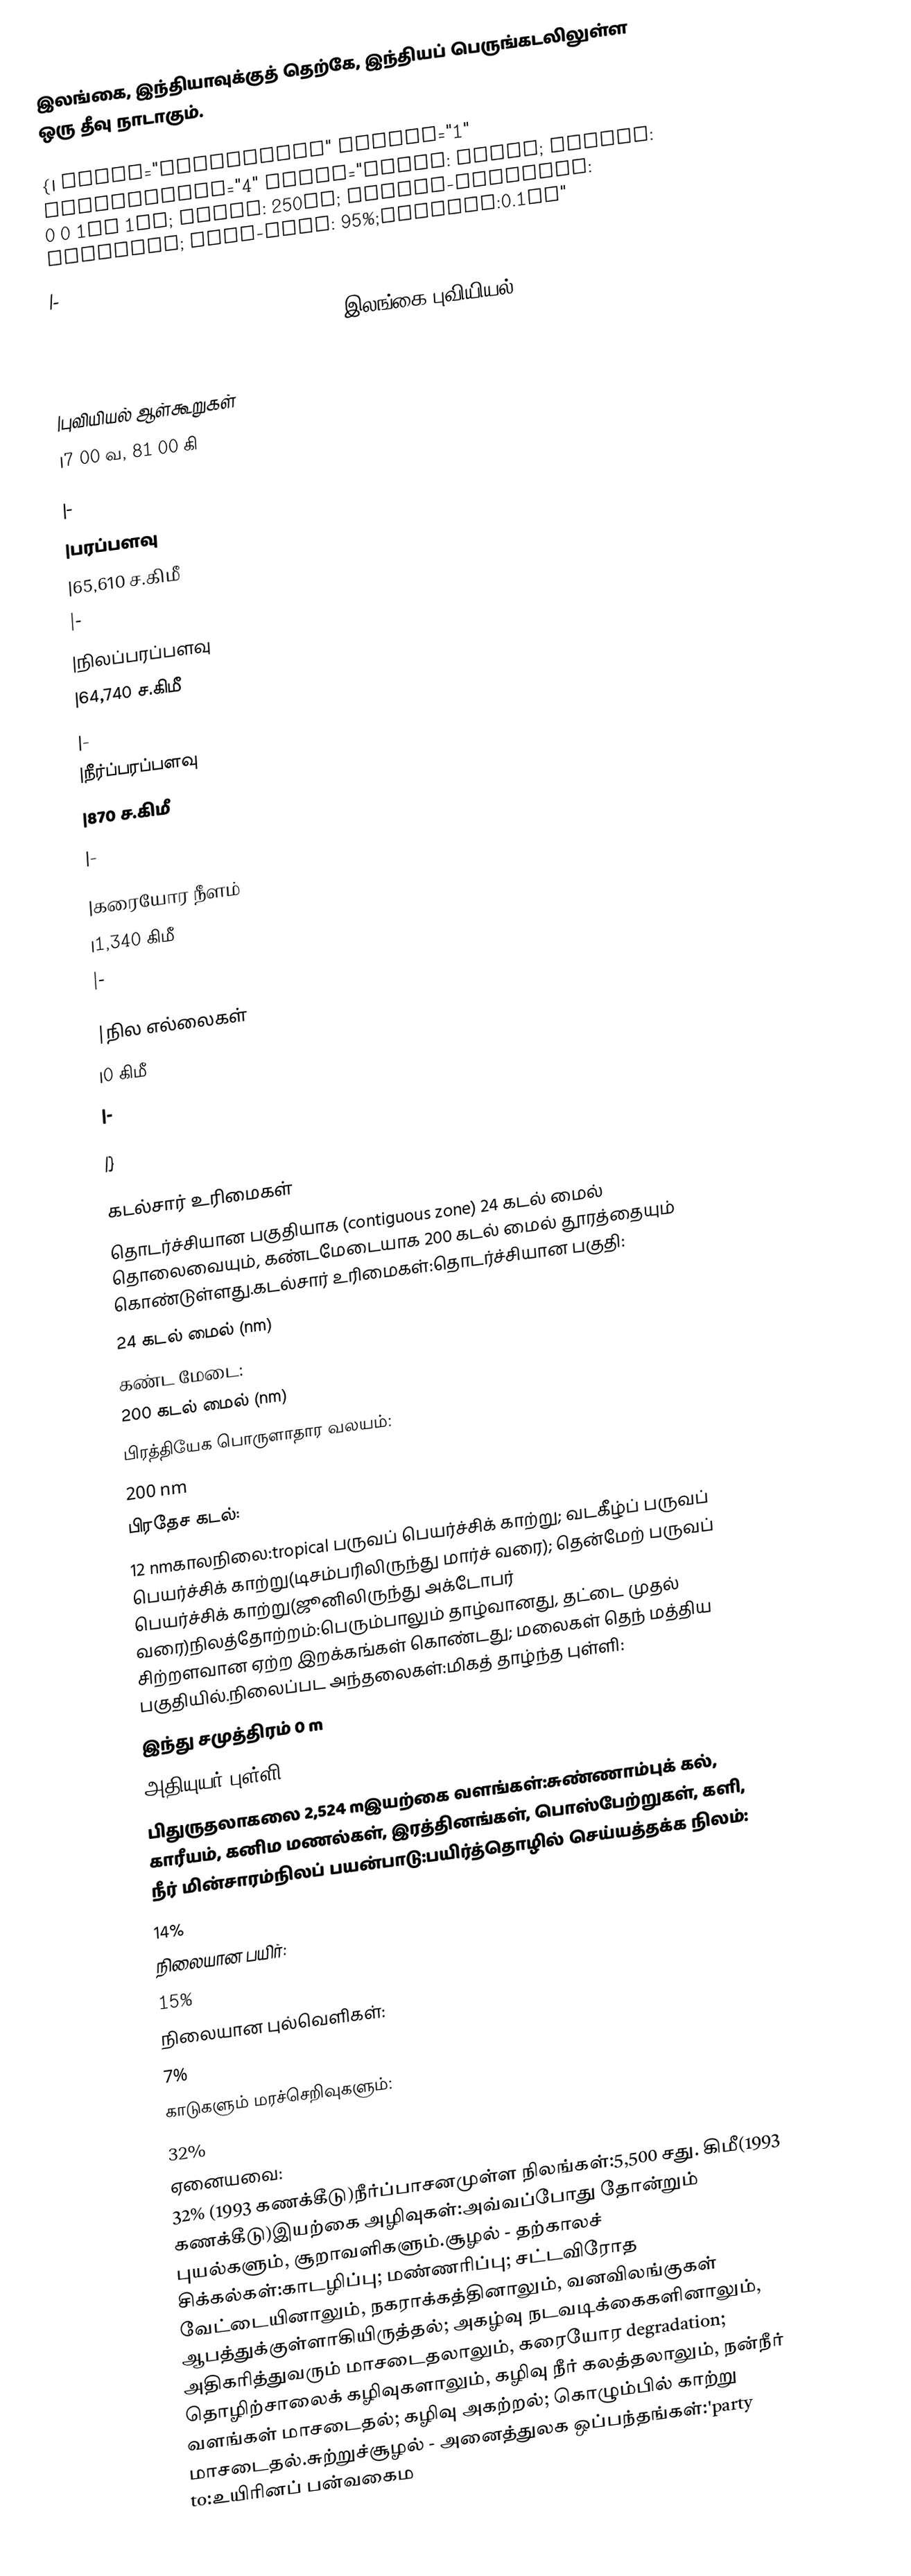
இலங்கை, இந்தியாவுக்குத் தெற்கே, இந்தியப் பெருங்கடலிலுள்ள ஒரு தீவு நாடாகும்.

{| class="toccolours" border="1" cellpadding="4" style="float: right; margin: 0 0 1em 1em; width: 250px; border-collapse: collapse; font-size: 95%;padding:0.1em"
|-
| colspan="2" style="margin-left: inherit;background:#077cd0; color:white; font-size: 1.5em; text-align:center" | இலங்கை புவியியல்

|-
|புவியியல் ஆள்கூறுகள்
|7 00 வ, 81 00 கி

|-
|பரப்பளவு
|65,610 ச.கிமீ
|-
|நிலப்பரப்பளவு
|64,740 ச.கிமீ
|-
|நீர்ப்பரப்பளவு
|870 ச.கிமீ
|-

|கரையோர நீளம்
|1,340 கிமீ
|-

|நில எல்லைகள்
|0 கிமீ
|-

|}

 கடல்சார் உரிமைகள்
தொடர்ச்சியான பகுதியாக (contiguous zone) 24 கடல் மைல் தொலைவையும், கண்டமேடையாக 200 கடல் மைல் தூரத்தையும் கொண்டுள்ளது.கடல்சார் உரிமைகள்:தொடர்ச்சியான பகுதி:
24 கடல் மைல் (nm)
கண்ட மேடை:
200 கடல் மைல் (nm)
பிரத்தியேக பொருளாதார வலயம்:
200 nm
பிரதேச கடல்:
12 nmகாலநிலை:tropical பருவப் பெயர்ச்சிக் காற்று; வடகீழ்ப் பருவப் பெயர்ச்சிக் காற்று(டிசம்பரிலிருந்து மார்ச் வரை); தென்மேற் பருவப் பெயர்ச்சிக் காற்று(ஜூனிலிருந்து அக்டோபர் வரை)நிலத்தோற்றம்:பெரும்பாலும் தாழ்வானது, தட்டை முதல் சிற்றளவான ஏற்ற இறக்கங்கள் கொண்டது; மலைகள் தெந் மத்திய பகுதியில்.நிலைப்பட அந்தலைகள்:மிகத் தாழ்ந்த புள்ளி:
இந்து சமுத்திரம் 0 m
அதியுயர் புள்ளி:
பிதுருதலாகலை 2,524 mஇயற்கை வளங்கள்:சுண்ணாம்புக் கல், காரீயம், கனிம மணல்கள், இரத்தினங்கள், பொஸ்பேற்றுகள், களி, நீர் மின்சாரம்நிலப் பயன்பாடு:பயிர்த்தொழில் செய்யத்தக்க நிலம்:
14%
நிலையான பயிர்:
15%
நிலையான புல்வெளிகள்:
7%
காடுகளும் மரச்செறிவுகளும்:
32%
ஏனையவை:
32% (1993 கணக்கீடு)நீர்ப்பாசனமுள்ள நிலங்கள்:5,500 சது. கிமீ(1993 கணக்கீடு)இயற்கை அழிவுகள்:அவ்வப்போது தோன்றும் புயல்களும், சூறாவளிகளும்.சூழல் - தற்காலச் சிக்கல்கள்:காடழிப்பு; மண்ணரிப்பு; சட்டவிரோத வேட்டையினாலும், நகராக்கத்தினாலும், வனவிலங்குகள் ஆபத்துக்குள்ளாகியிருத்தல்; அகழ்வு நடவடிக்கைகளினாலும், அதிகரித்துவரும் மாசடைதலாலும், கரையோர degradation; தொழிற்சாலைக் கழிவுகளாலும், கழிவு நீர் கலத்தலாலும், நன்நீர் வளங்கள் மாசடைதல்; கழிவு அகற்றல்; கொழும்பில் காற்று மாசடைதல்.சுற்றுச்சூழல் - அனைத்துலக ஒப்பந்தங்கள்:'party to:உயிரினப் பன்வகைம